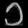
Digit: ၁